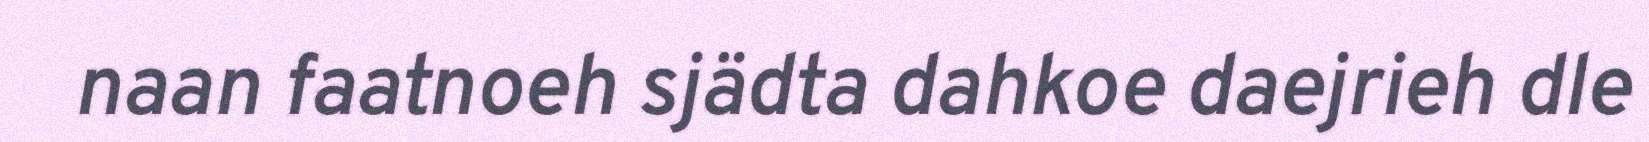
naan faatnoeh sjädta dahkoe daejrieh dle